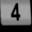
Digit: 4